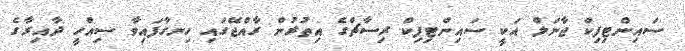
ސައިންޓިފިކް ޖާނަލް އަކީ ސައިންޓިފިކް ރިސާޗްގެ އިތުރުން ރާއްޖޭގައި ހިނގާފައިވާ ސިއްހީ ދާއިރާގެ